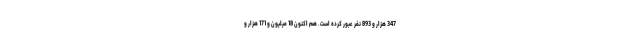
347 هزار و 893 نفر عبور کرده است. هم اکنون 18 میلیون و 171 هزار و